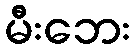
မီးဘေး